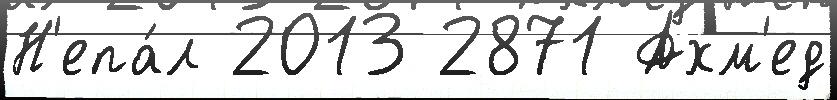
Н'епа́л 2013 2871 Ахм'ед